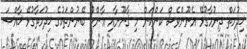
ޚިދުމަތް ދިނުމާގުޅޭ އެނޫންވެސް ކަންކަން މި ޤާނޫނާއި ޢާންމު ބޭނުންތަކުގެ ޚިދުމަތާގުޅޭ ޚާއްޞަ